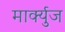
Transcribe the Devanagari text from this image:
मार्क्युज